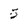
Character: 5